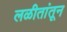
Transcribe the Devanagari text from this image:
लळीतांतून